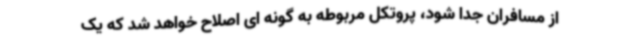
از مسافران جدا شود، پروتکل مربوطه به گونه ای اصلاح خواهد شد که یک